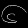
Digit: ၆